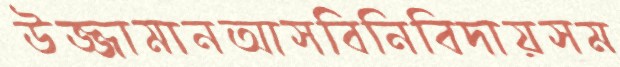
উজ্জামানআসবিনিবিদায়সম